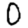
Digit: 0